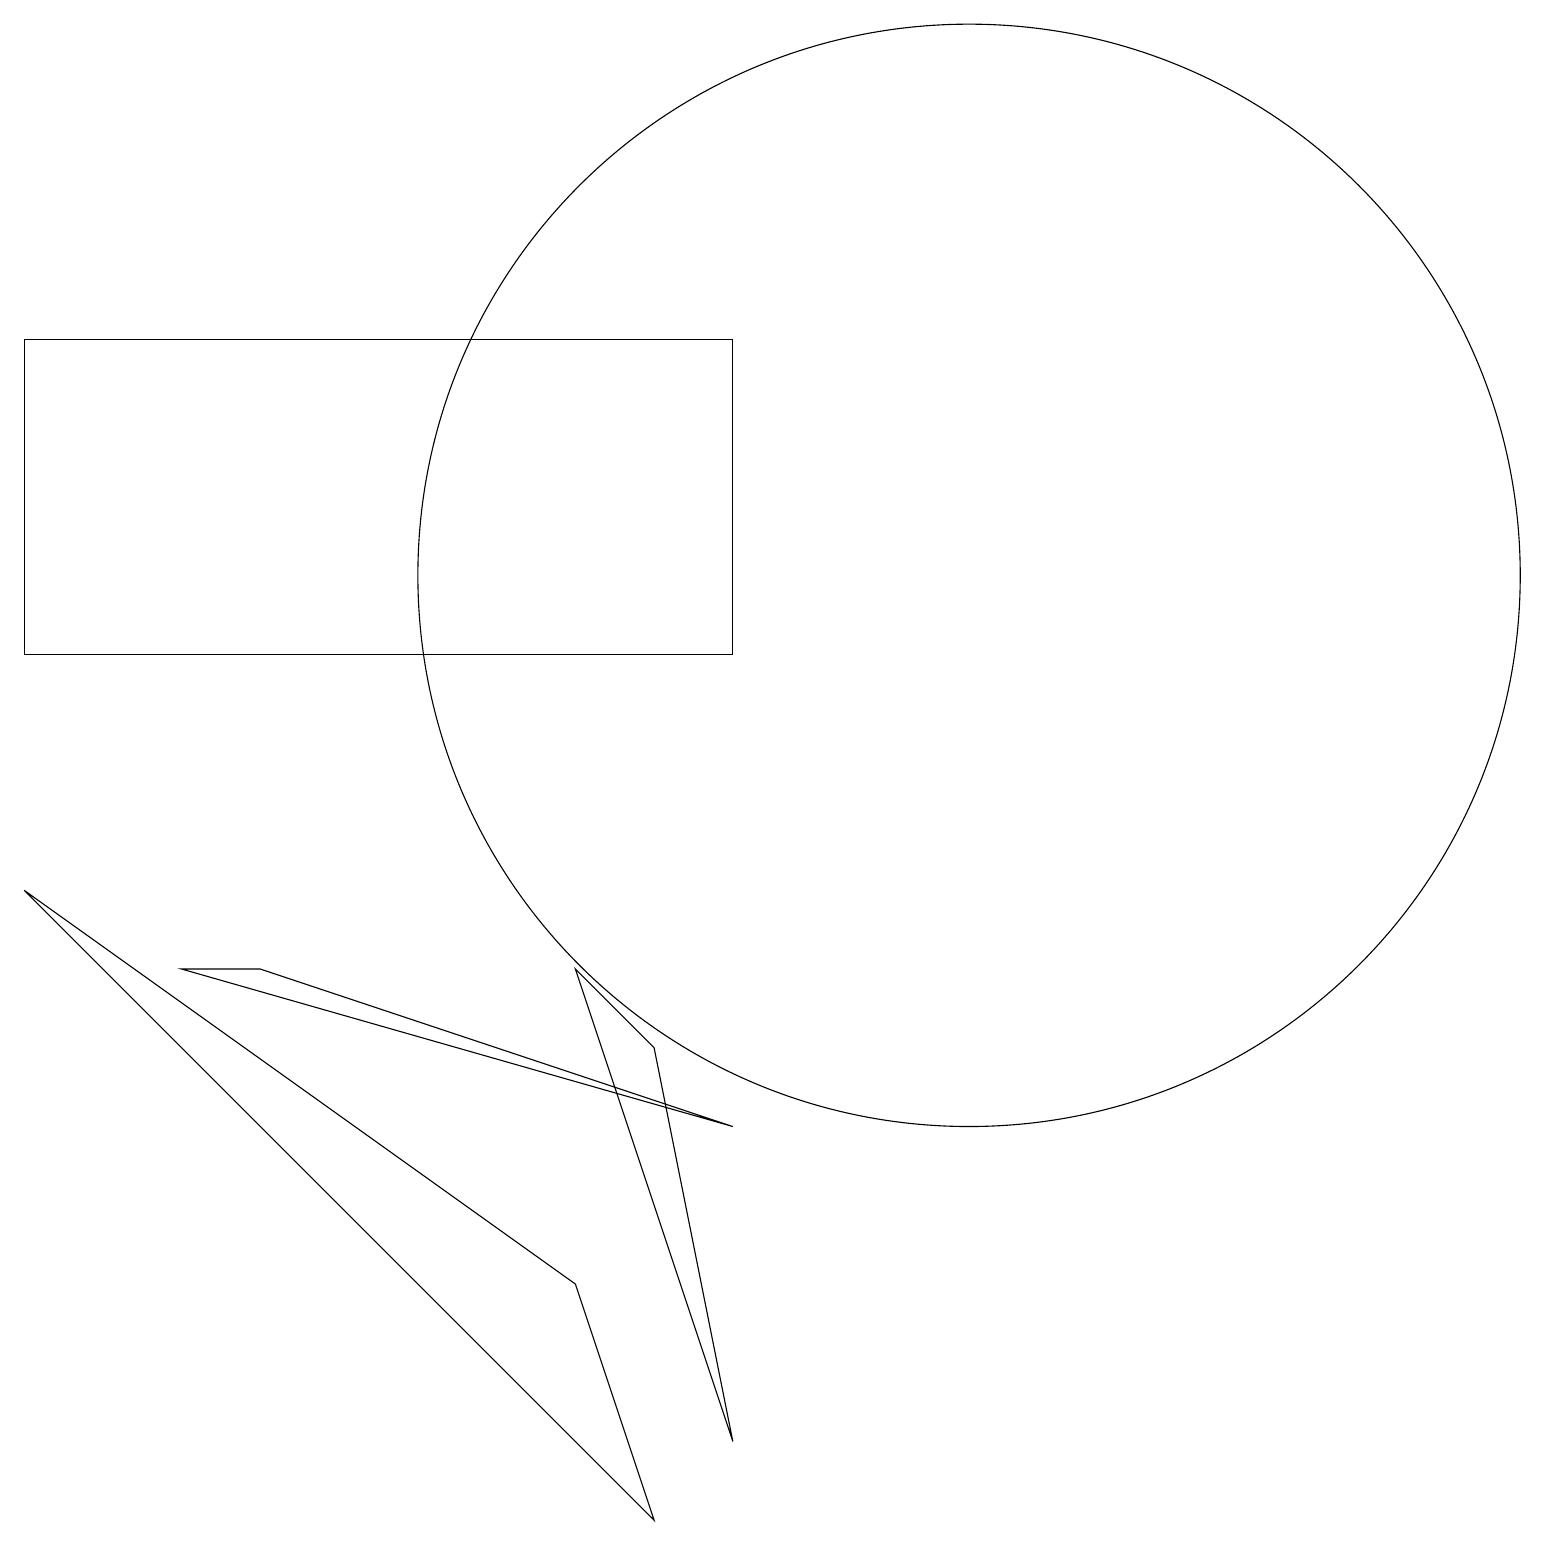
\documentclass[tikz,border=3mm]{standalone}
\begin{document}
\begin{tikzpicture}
\draw (7,7) -- (9,1) -- (8,6) -- cycle;
\draw (0,11) rectangle (9,15);
\draw (0,8) -- (7,3) -- (8,0) -- cycle;
\draw (12,12) circle (7);
\draw (2,7) -- (3,7) -- (9,5) -- cycle;
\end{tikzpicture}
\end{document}